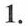
1.